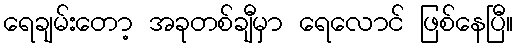
ရေချမ်းတော့ အခုတစ်ချီမှာ ရေလောင် ဖြစ်နေပြီ။